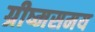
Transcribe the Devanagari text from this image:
ग्रीष्मसमय